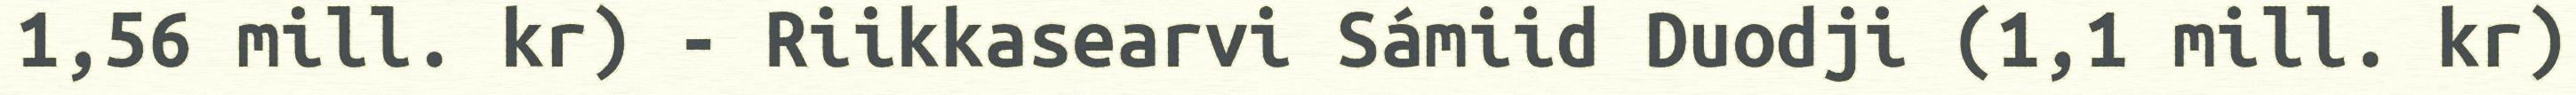
1,56 mill. kr) - Riikkasearvi Sámiid Duodji (1,1 mill. kr)